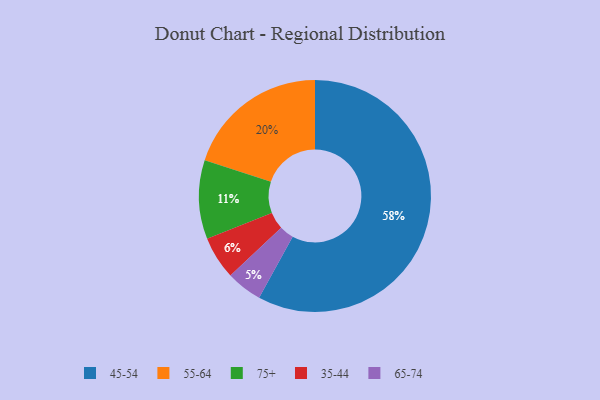
{"axis": {"x": "Category", "y": "Percentage"}, "legend": ["35-44", "45-54", "55-64", "65-74", "75+"], "data": [{"x": "35-44", "y": 6, "type": "35-44"}, {"x": "45-54", "y": 58, "type": "45-54"}, {"x": "75+", "y": 11, "type": "75+"}, {"x": "55-64", "y": 20, "type": "55-64"}, {"x": "65-74", "y": 5, "type": "65-74"}]}